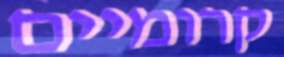
קרומיים